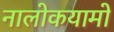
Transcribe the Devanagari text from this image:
नालोकयामो